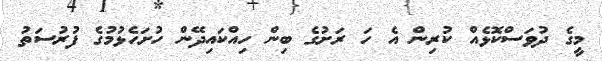
މީގެ ދުވަސްކޮޅެއް ކުރިން އެ ހަ ރަށުގެ ބިން ހިއްކައިދޭން ހުށަހެޅުމުގެ ފުރުސަތު